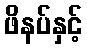
ဖိနပ်နှင့်